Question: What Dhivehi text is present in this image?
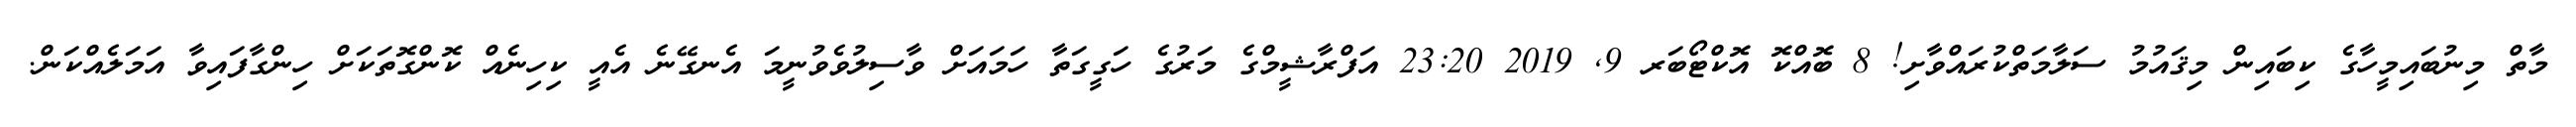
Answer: މާތް މިނުބައިމީހާގެ ކިބައިން މިޤައުމު ސަލާމަތްކުރައްވާށި! 8 ބޮއްކޮ އޮކްޓޯބަރ 9, 2019 23:20 އަފްރާޝީމްގެ މަރުގެ ހަގީގަތާ ހަމައަށް ވާސިލުވެވުނީމަ އެނގޭނެ އެއީ ކިހިނެއް ކޮންގޮތަކަށް ހިންގާފައިވާ އަމަލެއްކަން.